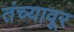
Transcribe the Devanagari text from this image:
तंच्यावूर